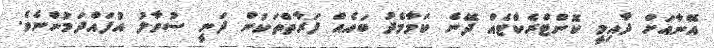
އޭނާއަށް ދާއިމީ ކޮންޓްރެކްޓެއް ދޭނެ ކަމާމެދު ބައެއް ފަރާތްތަކުން ދަނީ ސުވާލު އުފައްދަމުންނެވެ.